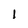
Character: 1